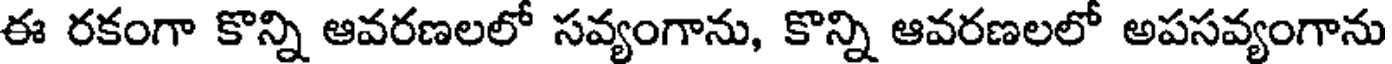
ఈ రకంగా కొన్ని ఆవరణలలో సవ్యంగాను, కొన్ని ఆవరణలలో అపసవ్యంగాను